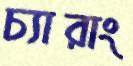
চ্যারাং